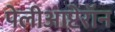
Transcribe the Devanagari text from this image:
पेलीआप्टेरॉन